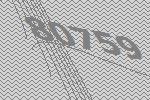
80759